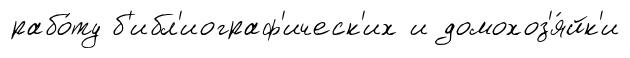
рабо́ту б'ибл'иограф'ическ'их и домохоз'я́йк'и